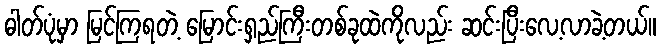
ဓါတ်ပုံမှာ မြင်ကြရတဲ့ မြောင်းရှည်ကြီးတစ်ခုထဲကိုလည်း ဆင်းပြီးလေ့လာခဲ့တယ်။